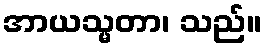
အာယသ္မတာ၊ သည်။